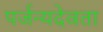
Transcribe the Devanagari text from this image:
पर्जन्यदेवता